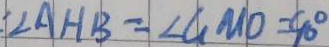
\angle A H B = \angle G M D = 9 0 ^ { \circ }